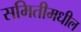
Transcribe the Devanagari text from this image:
समितीमधील